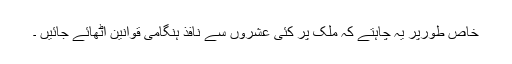
خاص طورپر یہ چاہتے کہ ملک پر کئی عشروں سے نافذ ہنگامی قوانین اٹھائے جائیں ۔